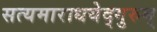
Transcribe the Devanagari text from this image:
सत्यमाराधयेद्गुरुम्